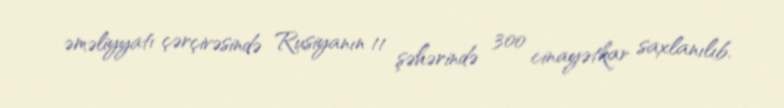
əməliyyatı çərçivəsində Rusiyanın 11 şəhərində 300 cinayətkar saxlanılıb.